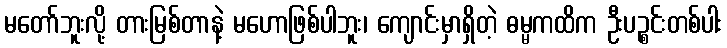
မတော်ဘူးလို့ တားမြစ်တာနဲ့ မဟောဖြစ်ပါဘူး၊ ကျောင်းမှာရှိတဲ့ ဓမ္မကထိက ဦးပဉ္စင်းတစ်ပါး